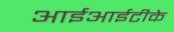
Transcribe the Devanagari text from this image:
आईआईटीके